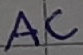
Text: AC